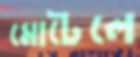
মোটেলে